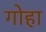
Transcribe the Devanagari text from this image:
गोहा